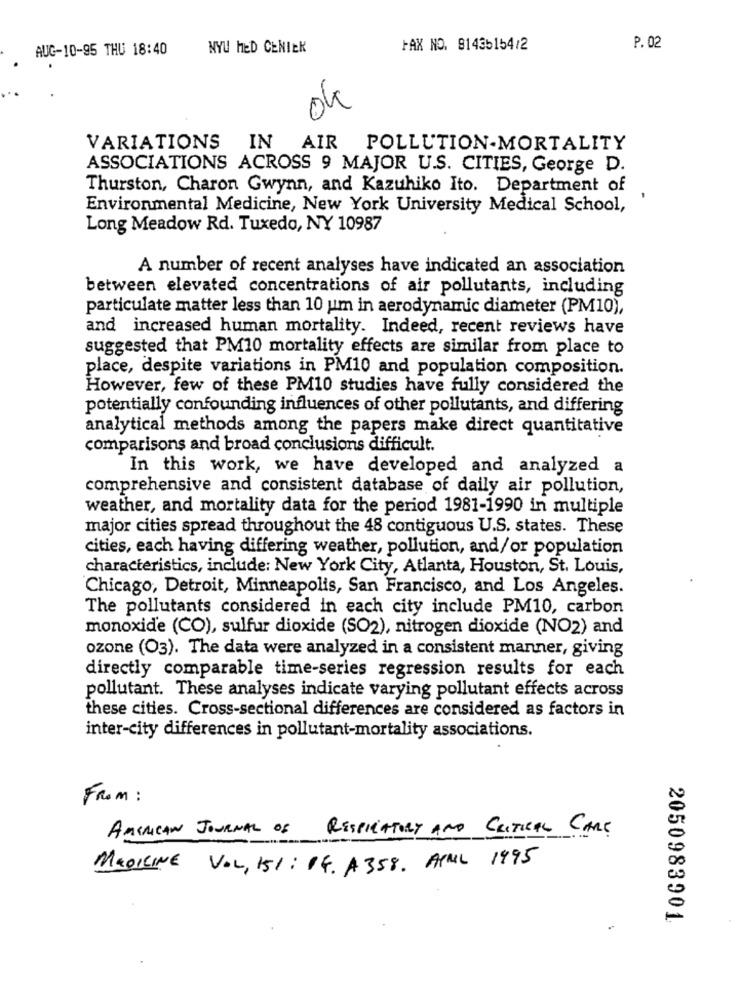
AUG-10-95 THU 18:40
NYU HED CENIEK
FAX NO. 81435154/2
P. 02
04
VARIATIONS IN
AIR POLLUTION-MORTALITY
ASSOCIATIONS ACROSS 9 MAJOR U.S. CITIES, George D.
Thurston, Charon Gwynn, and Kazuhiko Ito. Department of
Environmental Medicine, New York University Medical School,
Long Meadow Rd. Tuxedo, NY 10987
A number of recent analyses have indicated an association
between elevated concentrations of air pollutants, including
particulate matter less than 10 um in aerodynamic diameter (PM10),
and increased human mortality. Indeed, recent reviews have
suggested that PM10 mortality effects are similar from place to
place, despite variations in PM10 and population composition.
However, few of these PM10 studies have fully considered the
potentially confounding influences of other pollutants, and differing
analytical methods among the papers make direct quantitative
comparisons and broad conclusions difficult.
In this work, we have developed and analyzed a
comprehensive and consistent database of daily air pollution,
weather, and mortality data for the period 1981-1990 in multiple
major cities spread throughout the 48 contiguous U.S. states. These
cities, each having differing weather, pollution, and/or population
characteristics, include: New York City, Atlanta, Houston, St. Louis,
Chicago, Detroit, Minneapolis, San Francisco, and Los Angeles.
The pollutants considered in each city include PM10, carbon
monoxide (CO), sulfur dioxide (SO2), nitrogen dioxide (NO2) and
ozone (O3). The data were analyzed in a consistent manner, giving
directly comparable time-series regression results for each
pollutant. These analyses indicate varying pollutant effects across
these cities. Cross-sectional differences are considered as factors in
inter-city differences in pollutant-mortality associations.
FROM :
AMERICAN JOURNAL OF RESPIRATORY AND CRITICAL CARE
MEDICINE VOL, 151: 14, A358. APRIL 1995
2050983901